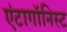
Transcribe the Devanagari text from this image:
एंटागॉनिस्ट